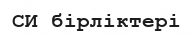
СИ бірліктері